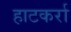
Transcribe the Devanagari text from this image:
हाटकर्रा